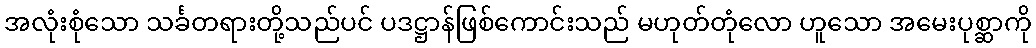
အလုံးစုံသော သင်္ခတရားတို့သည်ပင် ပဒဋ္ဌာန်ဖြစ်ကောင်းသည် မဟုတ်တုံလော ဟူသော အမေးပုစ္ဆာကို